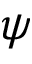
\psi